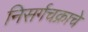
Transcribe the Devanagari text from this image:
निसर्गचक्राचे